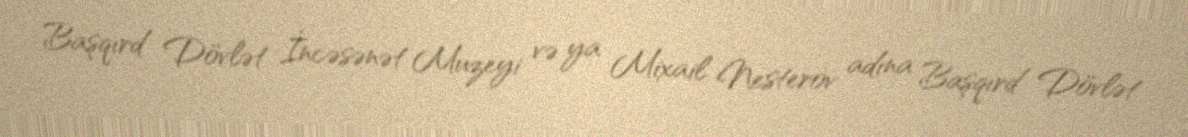
Başqırd Dövlət İncəsənət Muzeyi və ya Mixail Nesterov adına Başqırd Dövlət